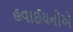
હવાઈયનોએ